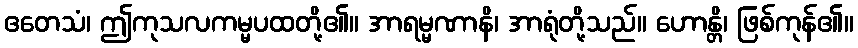
ဧတေသံ၊ ဤကုသလကမ္မပထတို့၏။ အာရမ္မဏာနိ၊ အာရုံတို့သည်။ ဟောန္တိ၊ ဖြစ်ကုန်၏။